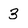
Character: 3